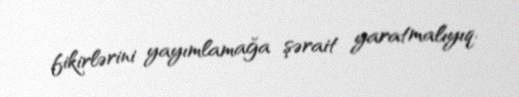
fikirlərini yayımlamağa şərait yaratmalıyıq.